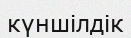
күншілдік